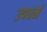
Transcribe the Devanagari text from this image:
उपधर्म